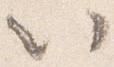
以